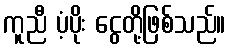
ကူညီ ပံ့ပိုး ငွေတို့ဖြစ်သည်။